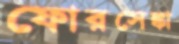
ফোরসেঙ্কা